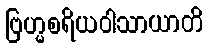
ဗြဟ္မစရိယဝါသာယာတိ